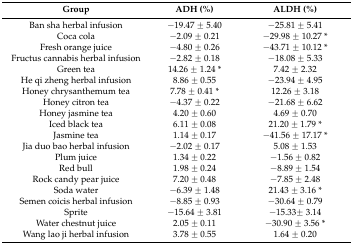
<table><thead><tr><td><b>Group</b></td><td><b>ADH (%)</b></td><td><b>ALDH (%)</b></td></tr></thead><tbody><tr><td>Ban sha herbal infusion</td><td>−19.47 ± 5.40</td><td>−25.81 ± 5.41</td></tr><tr><td>Coca cola</td><td>−2.09 ± 0.21</td><td>−29.98 ± 10.27 *</td></tr><tr><td>Fresh orange juice</td><td>−4.80 ± 0.26</td><td>−43.71 ± 10.12 *</td></tr><tr><td>Fructus cannabis herbal infusion</td><td>−2.82 ± 0.18</td><td>−18.08 ± 5.33</td></tr><tr><td>Green tea</td><td>14.26 ± 1.24 *</td><td>7.42 ± 2.32</td></tr><tr><td>He qi zheng herbal infusion</td><td>8.86 ± 0.55</td><td>−23.94 ± 4.95</td></tr><tr><td>Honey chrysanthemum tea</td><td>7.78 ± 0.41 *</td><td>12.26 ± 3.18</td></tr><tr><td>Honey citron tea</td><td>−4.37 ± 0.22</td><td>−21.68 ± 6.62</td></tr><tr><td>Honey jasmine tea</td><td>4.20 ± 0.60</td><td>4.69 ± 0.70</td></tr><tr><td>Iced black tea</td><td>6.11 ± 0.08</td><td>21.20 ± 1.79 *</td></tr><tr><td>Jasmine tea</td><td>1.14 ± 0.17</td><td>−41.56 ± 17.17 *</td></tr><tr><td>Jia duo bao herbal infusion</td><td>−2.02 ± 0.17</td><td>5.08 ± 1.53</td></tr><tr><td>Plum juice</td><td>1.34 ± 0.22</td><td>−1.56 ± 0.82</td></tr><tr><td>Red bull</td><td>1.98 ± 0.24</td><td>−8.89 ± 1.54</td></tr><tr><td>Rock candy pear juice</td><td>7.20 ± 0.48</td><td>−7.85 ± 2.48</td></tr><tr><td>Soda water</td><td>−6.39 ± 1.48</td><td>21.43 ± 3.16 *</td></tr><tr><td>Semen coicis herbal infusion</td><td>−8.85 ± 0.93</td><td>−30.64 ± 0.79</td></tr><tr><td>Sprite</td><td>−15.64 ± 3.81</td><td>−15.33± 3.14</td></tr><tr><td>Water chestnut juice</td><td>2.05 ± 0.11</td><td>−30.90 ± 3.56 *</td></tr><tr><td>Wang lao ji herbal infusion</td><td>3.78 ± 0.55</td><td>1.64 ± 0.20</td></tr></tbody></table>